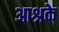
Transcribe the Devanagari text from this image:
आश्रके